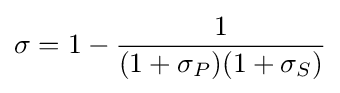
\sigma =1-{\frac {1}{(1+\sigma _{P})(1+\sigma _{S})}}